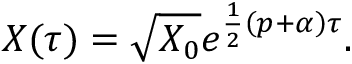
X ( \tau ) = \sqrt { X _ { 0 } } e ^ { \frac 1 2 \left( p + \alpha \right) \tau } .